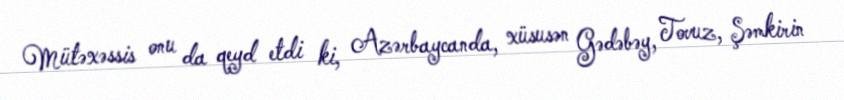
Mütəxəssis onu da qeyd etdi ki, Azərbaycanda, xüsusən Gədəbəy, Tovuz, Şəmkirin